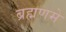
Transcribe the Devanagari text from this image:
ब्रह्मणमे